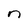
Character: n